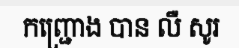
កញ្ជ្រោង បាន លឺ សូរ